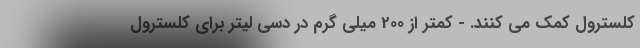
کلسترول کمک می کنند. - کمتر از 200 میلی گرم در دسی لیتر برای کلسترول